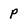
Character: p